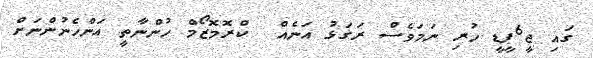
ގައި ޖީ6ޕީޑީ ހުރި ނަމަވެސް ރަގަޅު އަނެއް  ކްރޮމޮޒޯމް ހުންނާތީ އަންހެނުންނަށް